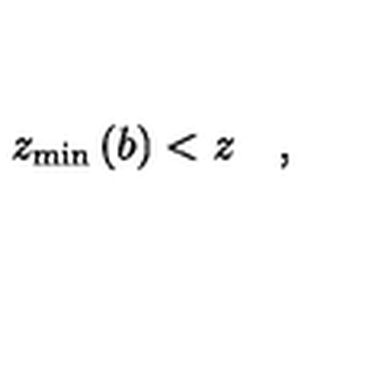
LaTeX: z _ { \min } \left( b \right) < z \quad ,